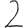
Digit: 2